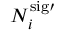
N _ { i } ^ { \mathrm { { s i g } \prime } }